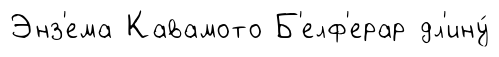
Энз'ема Кавамото Б'елф'ерар дл'ину́